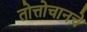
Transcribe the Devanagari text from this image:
तोत्तोचानचे